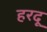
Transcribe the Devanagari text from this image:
हरदू